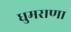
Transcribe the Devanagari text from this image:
धुमराणा